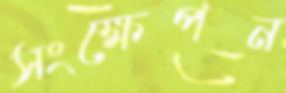
সংক্ষেপন